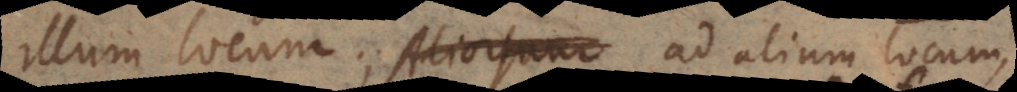
illum locum, ad alium locum,